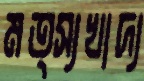
মত্স্যখাদ্য